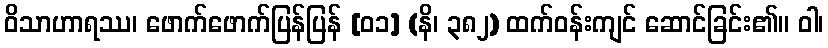
ဝိသာဟာရဿ၊ ဖောက်ဖောက်ပြန်ပြန် [၀၁] (နိ၊ ၃၈၂) ထက်ဝန်းကျင် ဆောင်ခြင်း၏။ ဝါ၊